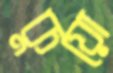
কুয়ো